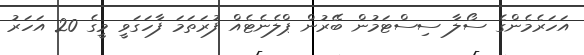
އަހަރެމެންގެ ސޯލާ ސިސްޓަމުން ބޭރުން ޕްލެނެޓެއް ފުރަތަމަ ފާހަގަވީ މީގެ 20 އަހަރު